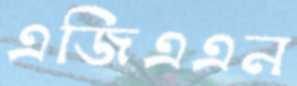
এজিএএন